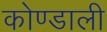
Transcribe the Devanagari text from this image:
कोण्डाली